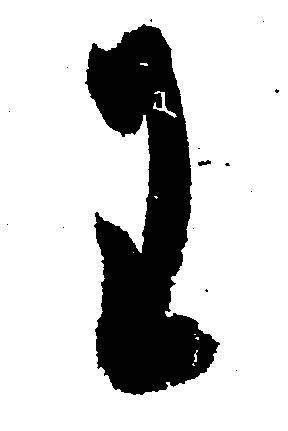
わ